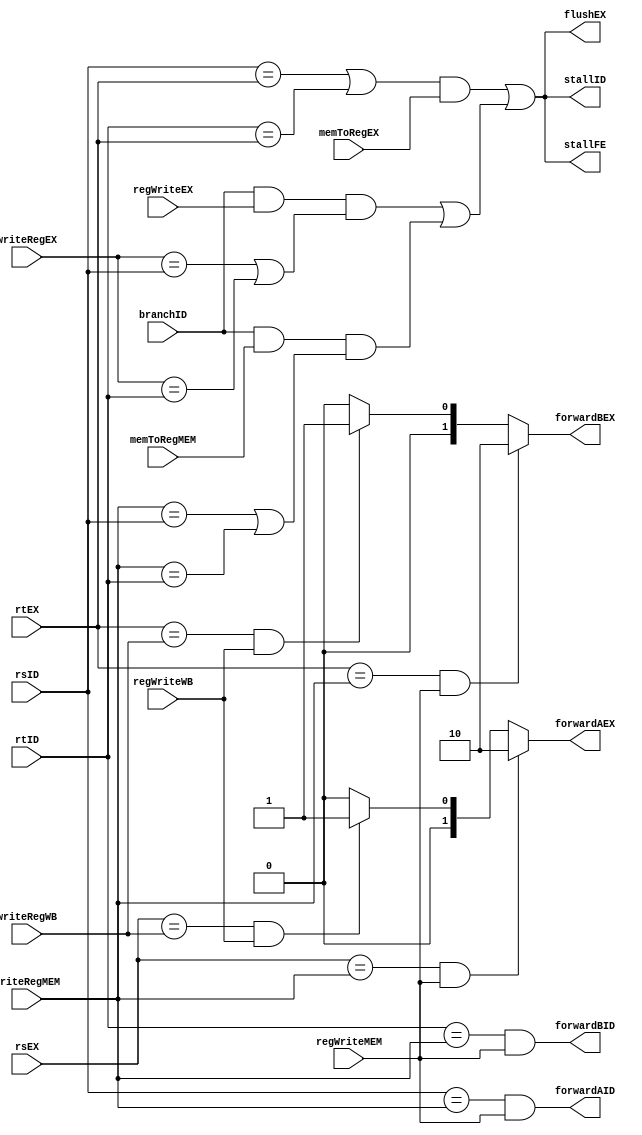
`timescale 1ns / 1ps
//////////////////////////////////////////////////////////////////////////////////
// Company: 
// Engineer: 
// 
// Design Name: 
// Module Name:    Main_Hazard 
// Project Name: 
// Target Devices: 
// Tool versions: 
// Description: 
//
// Dependencies: 
//
// Revision: 
// Revision 0.01 - File Created
// Additional Comments: 
//
//////////////////////////////////////////////////////////////////////////////////
module Main_Hazard(branchID, rsID, rtID, rsEX, rtEX, writeRegEX, writeRegMEM, writeRegWB, memToRegEX, memToRegMEM,
						regWriteEX, regWriteMEM, regWriteWB, stallFE, stallID,
						forwardAID, forwardBID, flushEX, forwardAEX, forwardBEX);
//-------------------------------------------Entradas-----------------------------------------//
	input branchID;
	input [4:0] rsID;
	input [4:0]	rtID;
	input [4:0]	rsEX;
	input [4:0]	rtEX;
	input [4:0]	writeRegEX;
	input [4:0]	writeRegMEM;
	input [4:0]	writeRegWB;
	input memToRegEX;
	input memToRegMEM;
	input regWriteEX;
	input regWriteMEM;
	input regWriteWB;
//--------------------------------------------Salidas-----------------------------------------//
	output stallFE;
	output stallID;
	output forwardAID;
	output forwardBID;
	output flushEX;
	output reg [1:0] forwardAEX;
	output reg [1:0] forwardBEX;
//---------------------------------------------Wires------------------------------------------//
	wire lwstall;
	wire branchstall;
//-------------------------------------------Registros----------------------------------------//
//-----------------------------------------Inicializacion-------------------------------------//
	initial
		begin
			forwardAEX = 0;
			forwardBEX = 0;
		end
//--------------------------------------Declaracion de Bloques--------------------------------//
//--------------------------------------------Logica------------------------------------------//
	//Si los origenes y destinos de los latches IF_ID y ID_EX coinciden, y los datos del latch ID_EX van a los registros, se mete un stall de load
	//Pagina 409 en adelante
	assign lwstall = ((rsID == rtEX) || (rtID == rtEX)) && memToRegEX;
	assign stallFE = lwstall || branchstall;
	assign stallID = lwstall || branchstall;
	assign flushEX = lwstall || branchstall;
	
	assign forwardAID =  (rsID == writeRegMEM) && regWriteMEM;
   assign forwardBID =  (rtID == writeRegMEM) && regWriteMEM;
		
	assign branchstall = (branchID && regWriteEX && (writeRegEX == rsID || writeRegEX == rtID)) || (branchID && memToRegMEM && (writeRegMEM == rsID || writeRegMEM == rtID));

	//Cortocircuitos - Pagina 406 en adelante
	always @* 
	begin
		if ((rsEX == writeRegMEM) && regWriteMEM)
			begin
				forwardAEX <= 'b10;
			end
		else if ((rsEX == writeRegWB) && regWriteWB)
			begin
				forwardAEX <= 'b01;
			end
		else 
			begin
				forwardAEX <= 'b00;
			end
		
		if ((rtEX == writeRegMEM) && regWriteMEM)
			begin
				forwardBEX <= 'b10;
			end
		else if ((rtEX == writeRegWB) && regWriteWB)
			begin
				forwardBEX <= 'b01;
			end
		else
			begin
				forwardBEX <= 'b00;
			end
	end
endmodule